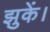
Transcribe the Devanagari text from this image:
झुकें।